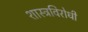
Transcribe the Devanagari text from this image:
शास्त्रविरोधी